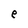
Character: e